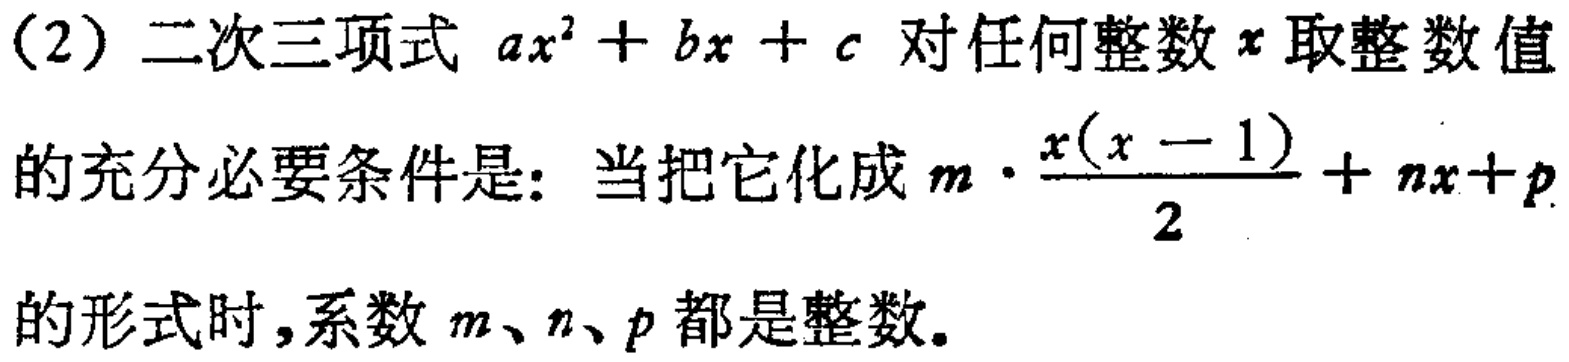
（2）二次三项式 \(ax^{2}+bx + c\) 对任何整数 \(x\) 取整数值
的充分必要条件是：当把它化成 \(m\cdot\frac{x(x - 1)}{2}+nx + p\)
的形式时，系数 \(m、n、p\) 都是整数。